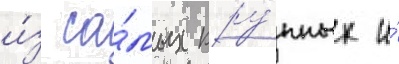
и́з са́мых кру́пных и́